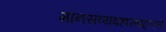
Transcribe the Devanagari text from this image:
मानसव्यवहाराबद्दलचे